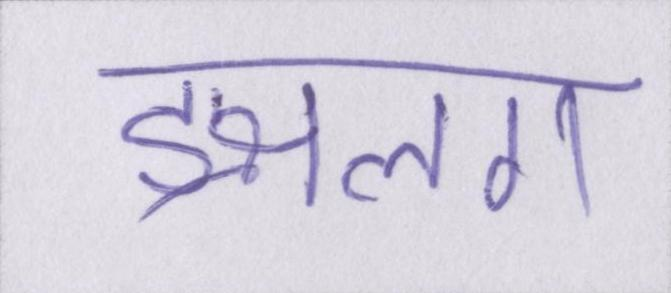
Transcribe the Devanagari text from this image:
ङ्क्षलग